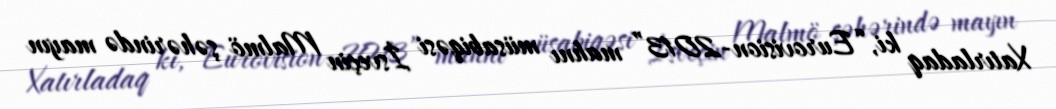
Xatırladaq ki, “Eurovision-2013” mahnı müsabiqəsi İsveçin Malmö şəhərində mayın